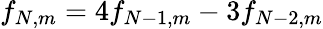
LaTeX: f_{N,m}=4f_{N-1,m}-3f_{N-2,m}